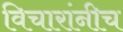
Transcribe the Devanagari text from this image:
विचारांनीच